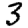
Digit: 3